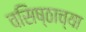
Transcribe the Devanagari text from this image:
वसिष्ठाच्या